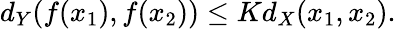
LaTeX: d_{Y}(f(x_{1}),f(x_{2}))\leq Kd_{X}(x_{1},x_{2}).